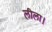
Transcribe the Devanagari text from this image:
लीला।